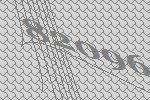
82096